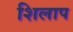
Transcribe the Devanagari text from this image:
शिलाप